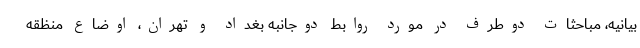
بیانیه، مباحثات دوطرف در مورد روابط دوجانبه بغداد و تهران، اوضاع منظقه